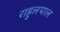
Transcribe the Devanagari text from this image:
राहुलपाल